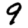
Digit: 9